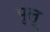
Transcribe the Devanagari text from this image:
पुलू